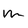
Character: m